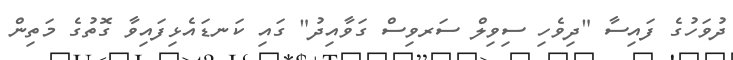
ދުވަހުގެ ފައިސާ "ދިވެހި ސިވިލް ސަރވިސް ގަވާއިދު" ގައި ކަނޑައެޅިފައިވާ ގޮތުގެ މަތިން